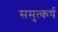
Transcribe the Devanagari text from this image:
समुत्कर्ष